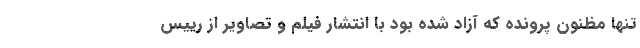
تنها مظنون پرونده که آزاد شده بود با انتشار فیلم و تصاویر از رییس